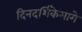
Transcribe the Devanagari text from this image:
दिनदर्शिकेमागे